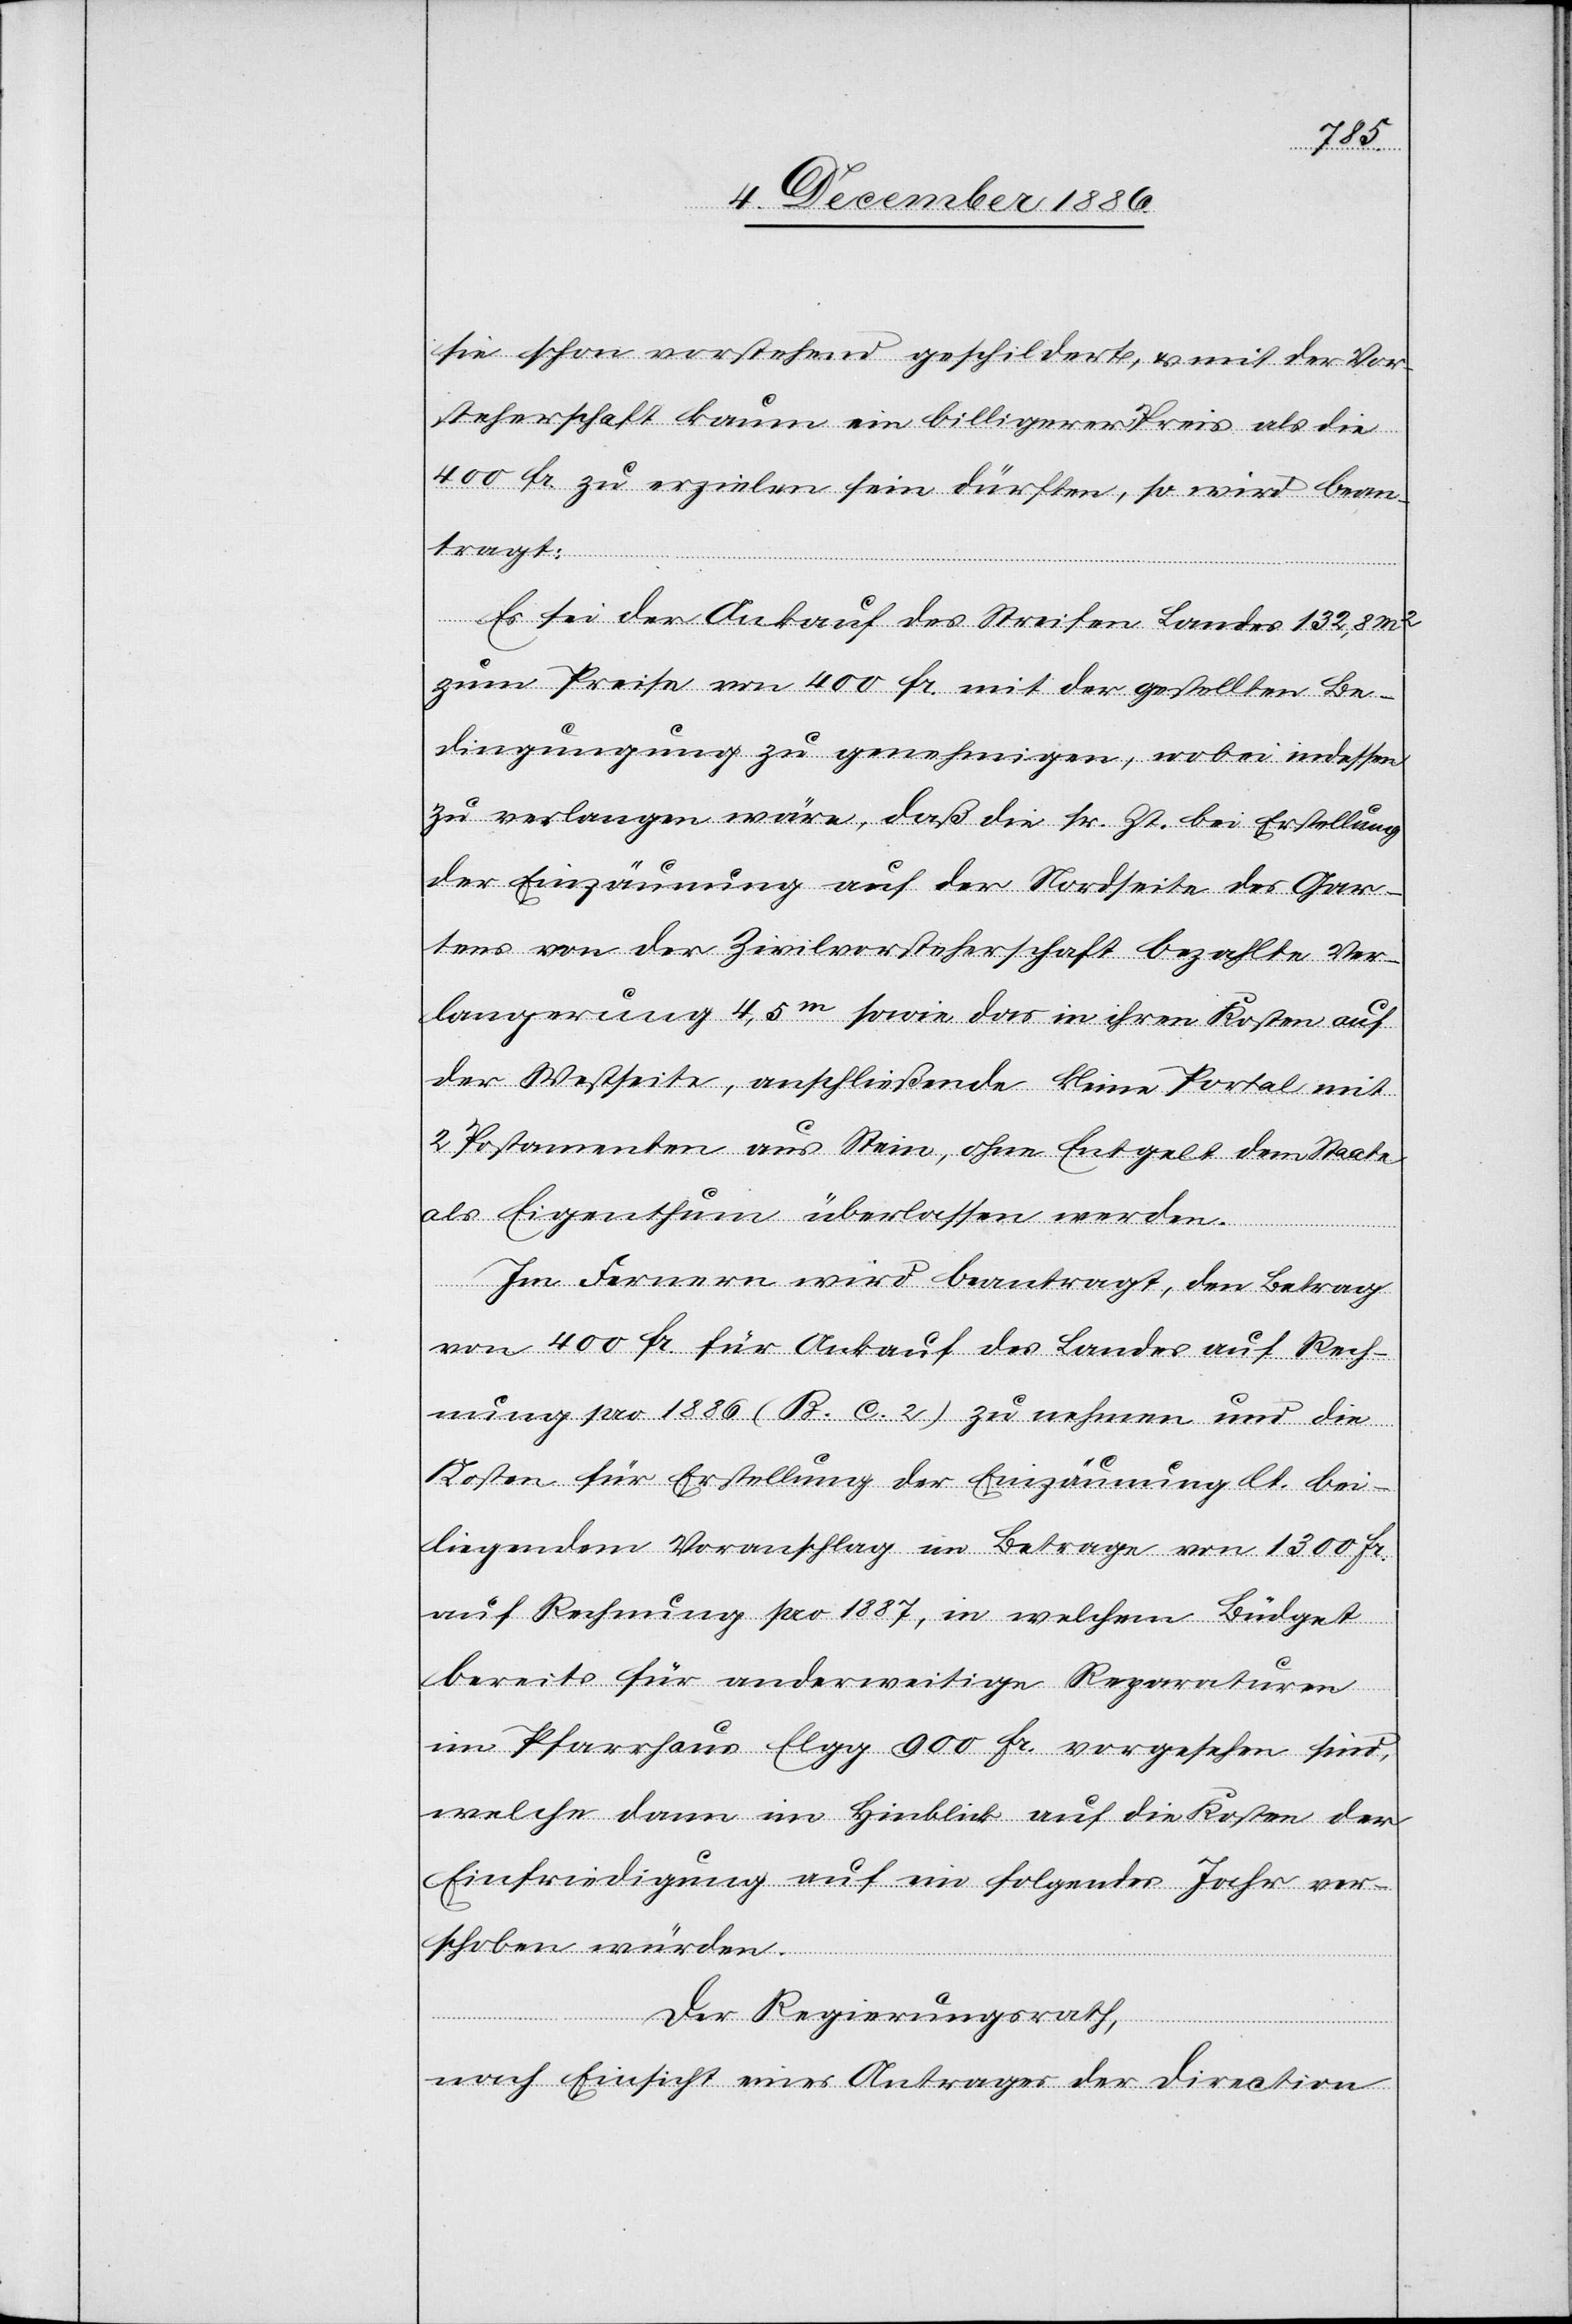
sie schon vorstehend geschildert, & mit der Vor¬
steherschaft kaum ein billigerer Preis als die
400 Fr. zu erzielen sein dürften, so wird bean¬
tragt:
Es sei der Ankauf des Streifen Landes 132,8 m2
zum Preise von 400 Fr. mit der gestellten Be¬
dingungung [sic!] zu genehmigen, wobei indessen
zu verlangen wäre, daß die sr. Zt. bei Erstellung
der Einzäunung auf der Nordseite des Gar¬
tens von der Zivilvorsteherschaft bezahlte Ver¬
langerung [sic!] 4,5m sowie das in ihren Kosten auf
der Westseite, anschließende kleine Portal mit
2 Postamenten aus Stein, ohne Entgelt dem Staate
als Eigenthum überlassen werden.
Im Fernern wird beantragt, den Betrag
von 400 Fr. für Ankauf des Landes auf Rech¬
nung pro 1886 (B. c. 2) zu nehmen und die
Kosten für Erstellung der Einzäunung lt. bei¬
liegendem Voranschlag im Betrage von 1300 Fr.
auf Rechnung pro 1887, in welchem Büdget
bereits für anderweitige Reparaturen
im Pfarrhaus Elgg 900 Fr. vorgesehen sind,
welche dann im Hinblick auf die Kosten der
Einfriedigung auf ein folgendes Jahr ver¬
schoben würden.
Der Regierungsrath,
nach Einsicht eines Antrages der Direction